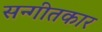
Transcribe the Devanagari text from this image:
सन्गीतकार